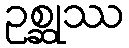
ဥစ္ဆုဿ